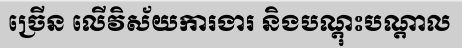
ច្រើន លើវិស័យការងារ និងបណ្តុះបណ្តាល